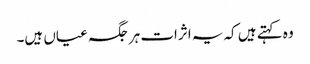
وہ کہتے ہیں کہ یہ اثرات ہر جگہ عیاں ہیں۔